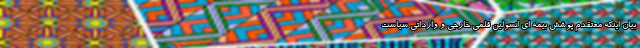
بیان اینکه معتقدم پوشش بیمه ای انسولین قلمی خارجی و وارداتی سیاست